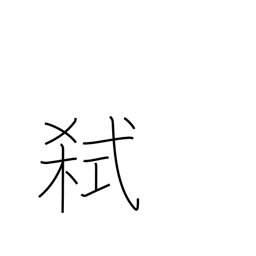
Meaning: murder one's lord or father